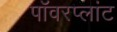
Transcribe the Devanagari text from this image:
पॉवरप्लांट